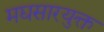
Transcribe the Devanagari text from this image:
मद्यसारयुक्त